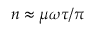
n \approx \mu \omega \tau / \pi